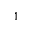
^ { 1 }